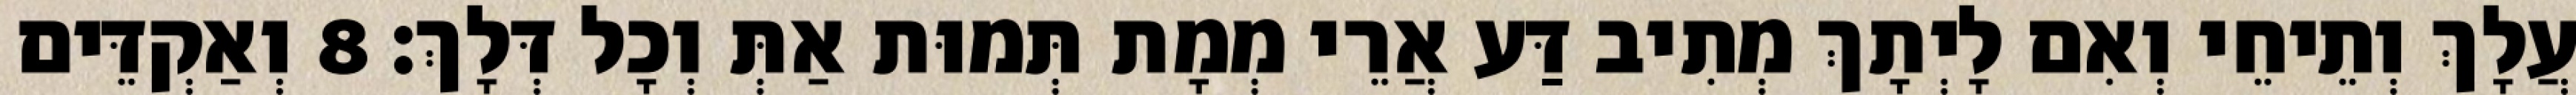
עֲלָךְ וְתֵיחֵי וְאִם לָיְתָךְ מְתִיב דַּע אֲרֵי מְמָת תְּמוּת אַתְּ וְכָל דְּלָךְ׃ 8 וְאַקְדֵּים